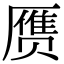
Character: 赝